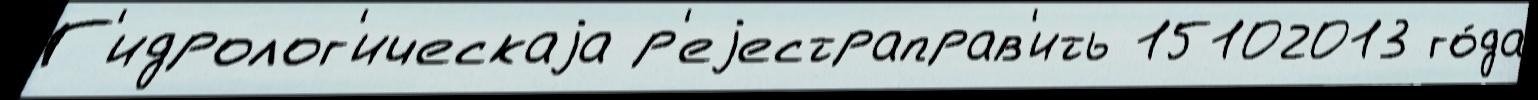
Г'идролог'ическаjа р'еjестраправ'ить 15102013 го́да